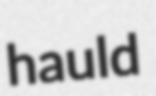
hauld